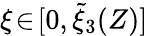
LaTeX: \xi\! \in\! [0,\tilde{\xi}_{3}(Z)]